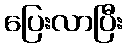
ပြေးလာပြီး